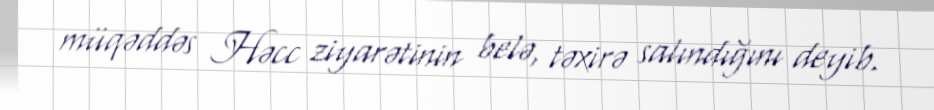
müqəddəs Həcc ziyarətinin belə, təxirə salındığını deyib.